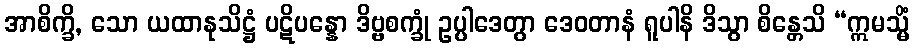
အာစိက္ခိ, သော ယထာနုသိဋ္ဌံ ပဋိပန္နော ဒိဗ္ဗစက္ခုံ ဥပ္ပါဒေတွာ ဒေဝတာနံ ရူပါနိ ဒိသွာ စိန္တေသိ “ဣမသ္မိံ